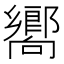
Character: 嚮